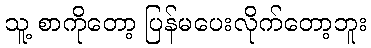
သူ့ စာကိုတော့ ပြန်မပေးလိုက်တော့ဘူး